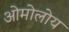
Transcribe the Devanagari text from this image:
ओमोलोय